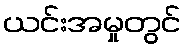
ယင်းအမှုတွင်